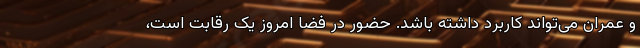
و عمران می‌تواند کاربرد داشته باشد. حضور در فضا امروز یک رقابت است،